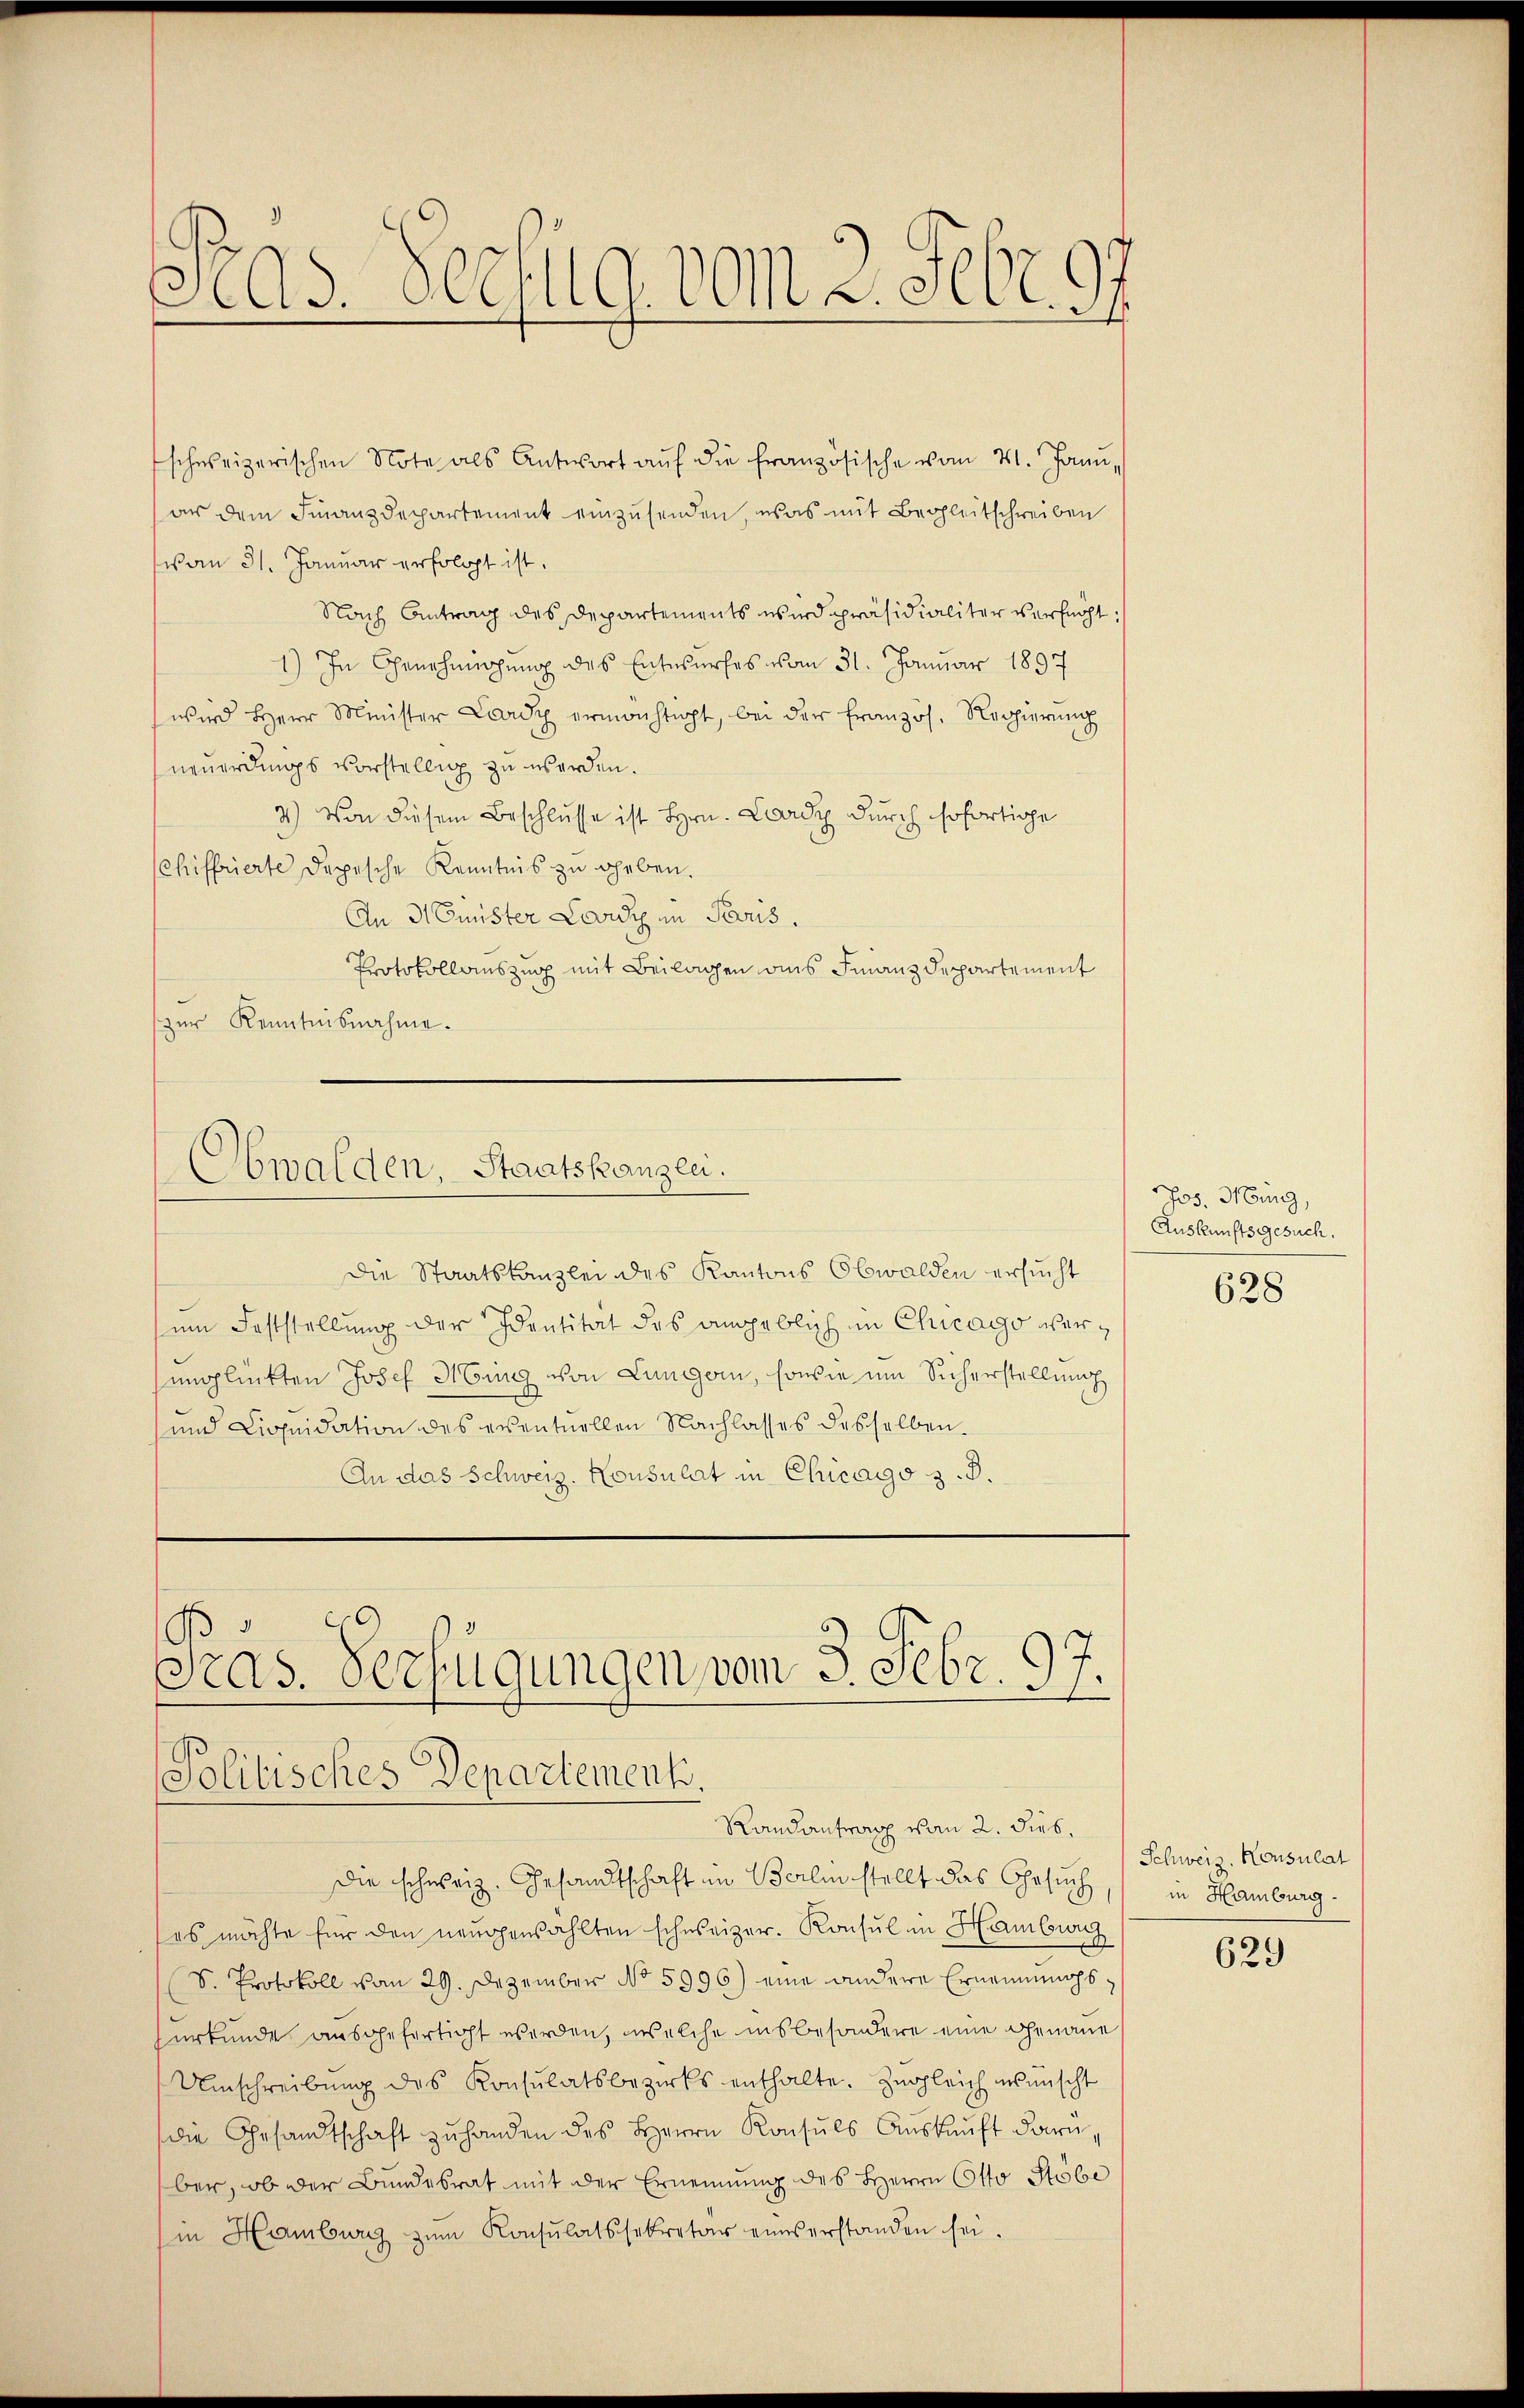
Pras Rechug vom 2. Febr. 97

schweizerischen Note als Antwort aŭf die französische vom 21. Janu,
an dem Finanzdepartement einzusenden, was mit Begleitschreiben
(von 31. Januar erfolgt ist.
Nach Antrag des Departements wird präsidialiter versucht:
1) In Genehmigung des Entwurfes vom 31. Januar 1897
wird Herr Minister Lardy ermächtigt, bei der französ. Regierŭng
neuerdings vorstellig zu werden.
3.) Von diesem Beschlusse ist Hrn. Lardy durch sofortige
Schiffrierte Depesche Kenntnis zu geben.
An Minister Lardy in Paris.
Protokollauszug mit Beilagen aus Finanzdepartement
zŭr Kenntnisnahme.

Die Staatskanzlei des Kantons Obwalden ersucht
sem Feststellung der Identität des angeblich in Chicago verunglükten Josef Hing von Lungen, sowie im Sicherstellung
und Liquidation des eventuellen Nachlasses desselben
An das Schweiz. Konsulat in Chicago z. B.

Obwalden, Staatskanzlei.

Pras. Verfügungen von 3. Febr. 97.
Politisches Departement.
Randantrag von 2. Dieb¬

die schweiz. Gesandtschaft im Berlin stellt das Gesuch,
es möchte für den neŭgenzählten schweizer. Konsul in Hamburg
S. Protokoll vom 29. Dezember No 5996) eine andere Ernennungszurkunde ausgefertigt werden, welche insbesondere eine Genaue
Umschreibung des Konsulatsbezirks enthalte. Zugleich insmischt
die Gesandtschaft zŭ handen des Herrn Konsŭls Aŭskŭnft darn,
ber, ob der Bundesrat mit der Ernennung des Herrn Otto Stube
in Hamburg zŭm Konsulatssekretär eines erstanden sei.

Jos. Hing,
Auskunftsgesuch.

628

Schweiz. Konsulat
in Hamburg.

629